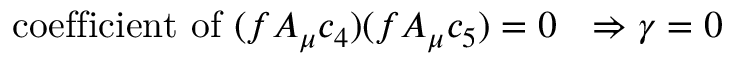
\mathrm { c o e f f i c i e n t ~ o f ~ } ( f A _ { \mu } c _ { 4 } ) ( f A _ { \mu } c _ { 5 } ) = 0 \ \ \Rightarrow \gamma = 0